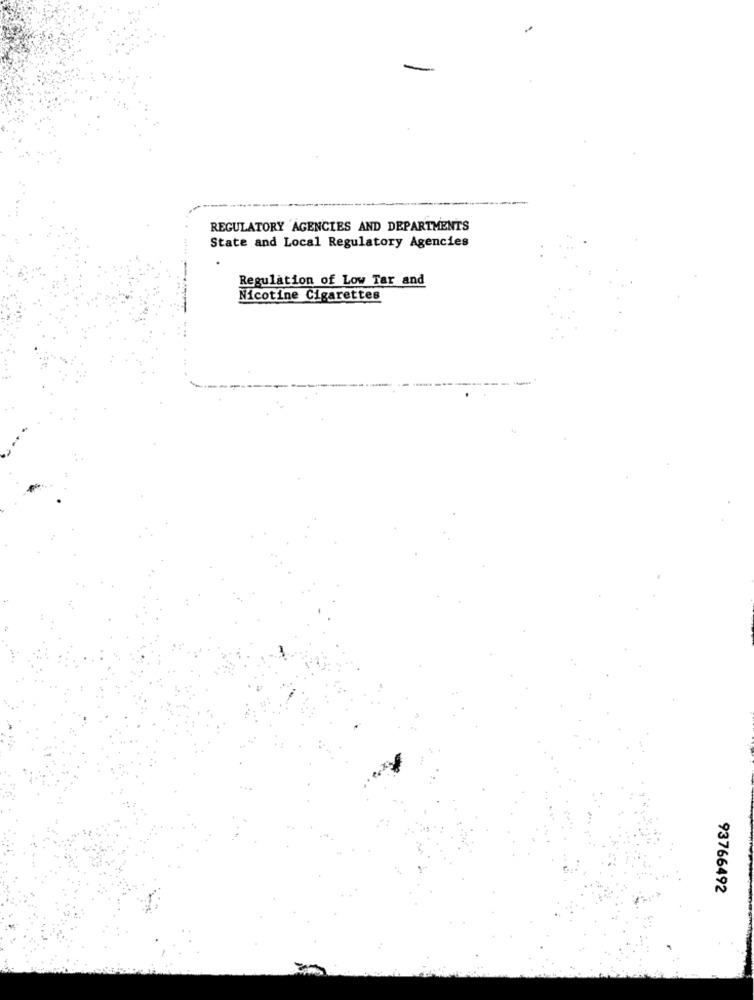
REGULATORY AGENCIES AND DEPARTMENTS
State and Local Regulatory Agencies
Regulation of Low Tar and
Nicotine Cigarettes
--
93766492